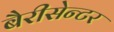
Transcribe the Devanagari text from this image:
बैरीसेन्टर